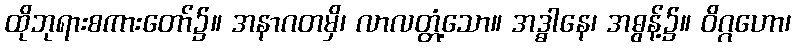
ထိုဘုရားစကားတော်၌။ အနာဂတမှိ၊ လာလတ္တံ့သော။ အဒ္ဓါနေ၊ အဓွန့်၌။ ဝိဂ္ဂဟော၊